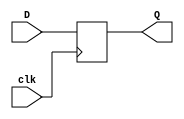
module dff(D, clk, Q);
input D, clk;
output Q;
reg Q;
always @(posedge clk)
begin
	Q = D;
end
endmodule

module dff_tb;
reg D, clk;
wire Q;
dff i1(D, clk, Q);
initial
begin
	D = 1'b0; clk=1'b0;
	$monitor("Time:%0t, D=%b, clk=%b, Q=%b", $time, D, clk, Q);
	#5 D = 1'b1; clk = 1'b1;
	#5 D = 1'b0; clk = 1'b0;
	#5 D = 1'b0; clk = 1'b1;
	#5 D = 1'b1; clk = 1'b1;
end
endmodule